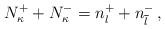
LaTeX: \begin{align*}N_\kappa^++N_\kappa^-=n_l^++n_{\overline l}^-\,,\end{align*}